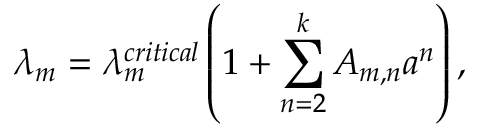
\lambda _ { m } = \lambda _ { m } ^ { c r i t i c a l } \left( 1 + \sum _ { n = 2 } ^ { k } A _ { m , n } a ^ { n } \right) ,